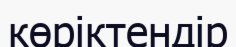
көріктендір